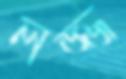
লজ্জ